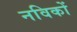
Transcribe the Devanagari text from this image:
नविकों